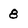
Character: 8